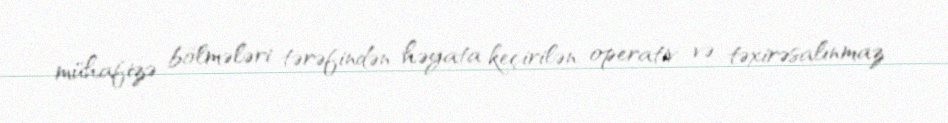
mühafizə bölmələri tərəfindən həyata keçirilən operativ və təxirəsalınmaz